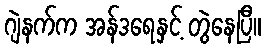
ဂျဲနက်က အန်ဒရေနှင့် တွဲနေပြီ။